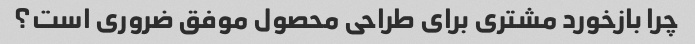
چرا بازخورد مشتری برای طراحی محصول موفق ضروری است؟